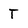
Character: T